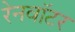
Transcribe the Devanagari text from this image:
रेनवॉटर